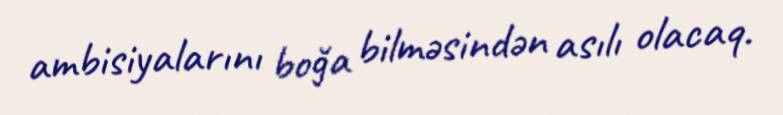
ambisiyalarını boğa bilməsindən asılı olacaq.